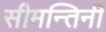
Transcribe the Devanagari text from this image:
सीमन्तिनी